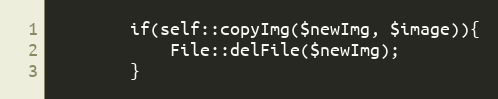
Language: PHP
        if(self::copyImg($newImg, $image)){
            File::delFile($newImg);
        }